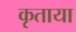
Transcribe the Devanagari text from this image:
कृताया